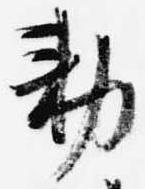
勅